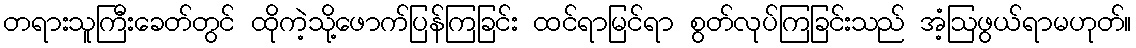
တရားသူကြီးခေတ်တွင် ထိုကဲ့သို့ဖောက်ပြန်ကြခြင်း ထင်ရာမြင်ရာ စွတ်လုပ်ကြခြင်းသည် အံ့ဩဖွယ်ရာမဟုတ်။